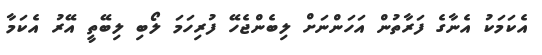
އެކަމަކު އެނާގެ ފަރާތުން އަހަންނަށް ލިބެންޖެހޭ ފުރިހަމަ ލޯބި ލިބޭތީ އޭރު އެކަމާ